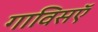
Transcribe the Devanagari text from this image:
गाविसऍ